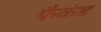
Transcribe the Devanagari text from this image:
फैकंड